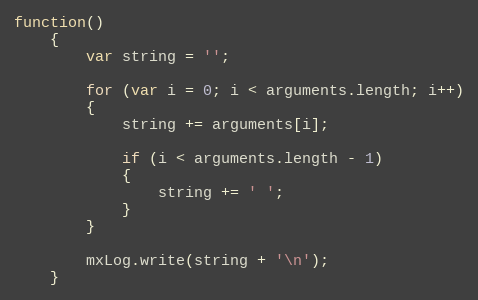
Language: JavaScript
function()
	{
		var string = '';

		for (var i = 0; i < arguments.length; i++)
		{
			string += arguments[i];

			if (i < arguments.length - 1)
			{
				string += ' ';
			}
		}

		mxLog.write(string + '\n');
	}